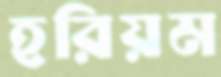
হরিয়ম